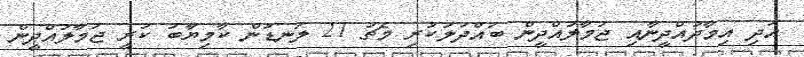
އަދި އިމާދުއްދީނާއި ޖަމާލުއްދީން ބައްދަލުކުރި މެޗު 21 ލަނޑުން ކާމިޔާބު ކުރީ ޖަމާލުއްދީން